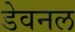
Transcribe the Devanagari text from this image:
डेवनल